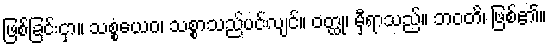
ဖြစ်ခြင်းငှာ။ သစ္စံယေဝ၊ သစ္စာသည်ပင်လျင်။ ဝတ္ထု၊ မှီရာသည်။ ဘဝတိ၊ ဖြစ်၏။